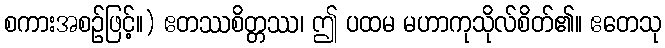
စကားအစဉ်ဖြင့်။) ဧတဿစိတ္တဿ၊ ဤ ပထမ မဟာကုသိုလ်စိတ်၏။ ဧတေသု